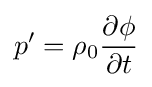
p'=\rho _{0}{\frac {\partial \phi }{\partial t}}